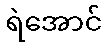
ရဲအောင်